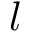
l